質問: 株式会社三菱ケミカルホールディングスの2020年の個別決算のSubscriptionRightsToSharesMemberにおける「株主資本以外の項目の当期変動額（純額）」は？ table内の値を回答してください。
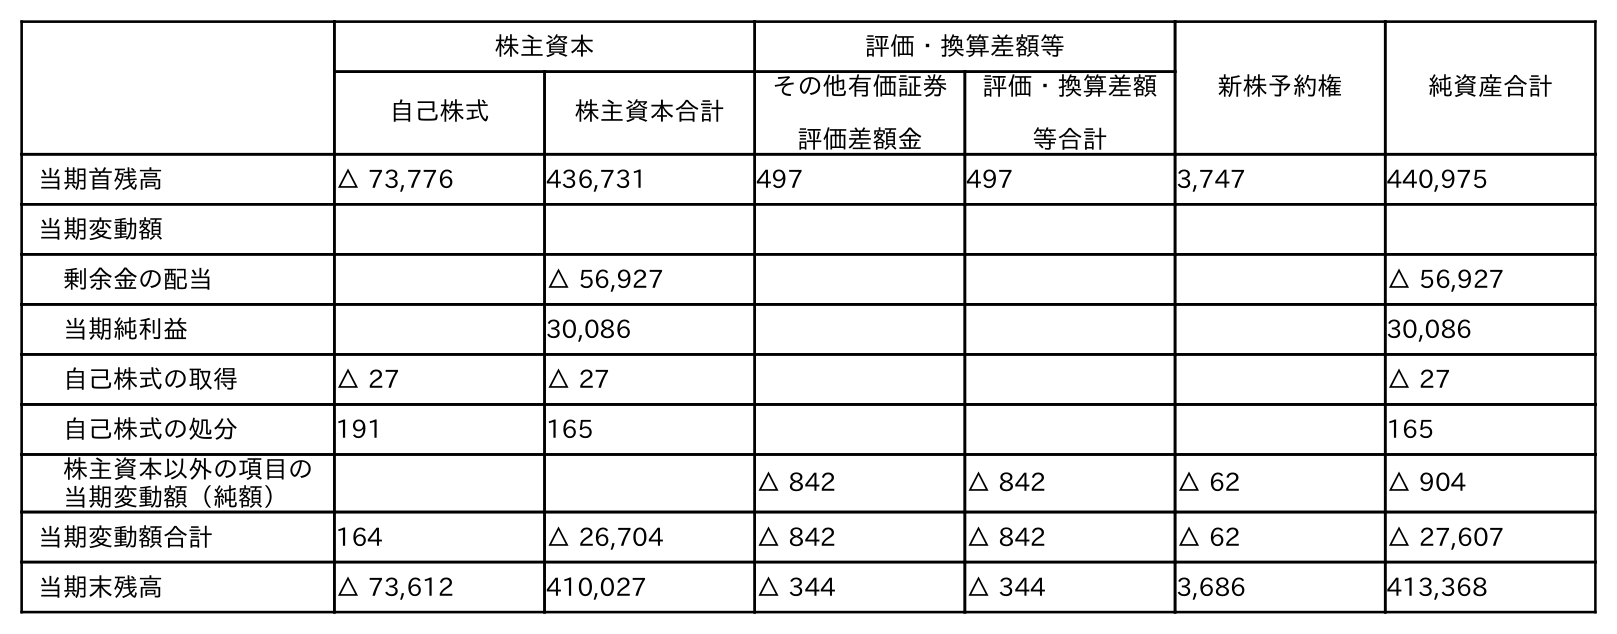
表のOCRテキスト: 株主資本 評価・換算差額等 新株予約権 純資産合計 自己株式 株主資本合計 その他有価証券 評価差額金 評価・換算差額 等合計 当期首残高 △ 73,776 436,731 497 497 3,747 440,975 当期変動額 剰余金の配当 △ 56,927 △ 56,927 当期純利益 30,086 30,086 自己株式の取得 △ 27 △ 27 △ 27 自己株式の処分 191 165 165 株主資本以外の項目の 当期変動額（純額） △ 842 △ 842 △ 62 △ 904 当期変動額合計 164 △ 26,704 △ 842 △ 842 △ 62 △ 27,607 当期末残高 △ 73,612 410,027 △ 344 △ 344 3,686 413,368
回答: △62